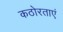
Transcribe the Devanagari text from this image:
कठोरताएं